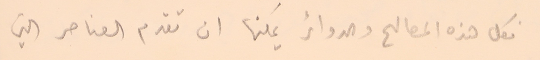
فكل هذه المصالح والدوائر يمكنها ان تقدم العناصر التي